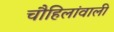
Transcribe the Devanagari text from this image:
चौहिलांवाली